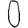
Digit: 0